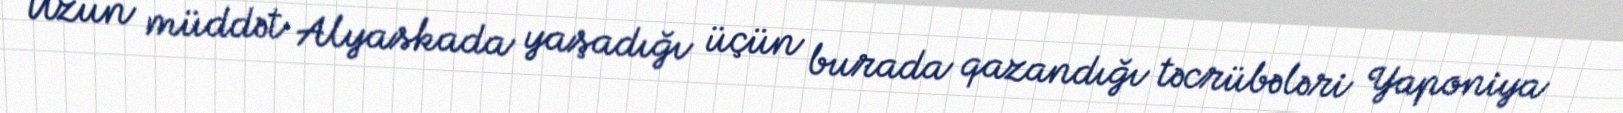
Uzun müddət Alyaskada yaşadığı üçün burada qazandığı təcrübələri Yaponiya